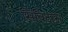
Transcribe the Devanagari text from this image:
सिविटास